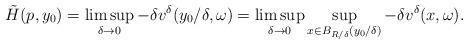
LaTeX: \begin{align*} \tilde{H}(p,y_0)=\limsup_{\delta\rightarrow 0}-\delta v^\delta(y_0/\delta,\omega)=\limsup_{\delta\rightarrow 0}\sup_{x\in B_{R/\delta}(y_0/\delta)}-\delta v^\delta(x,\omega).\end{align*}